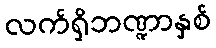
လက်ရှိဘဏ္ဍာနှစ်